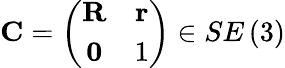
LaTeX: \mathbf{C}=\left(\begin{array}{cc}{\mathbf{R}}&{\mathbf{r}}\\ {\mathbf{0}}&{1}\end{array}\right)\in SE\left(3\right)